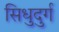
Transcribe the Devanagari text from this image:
सिधुदुर्ग